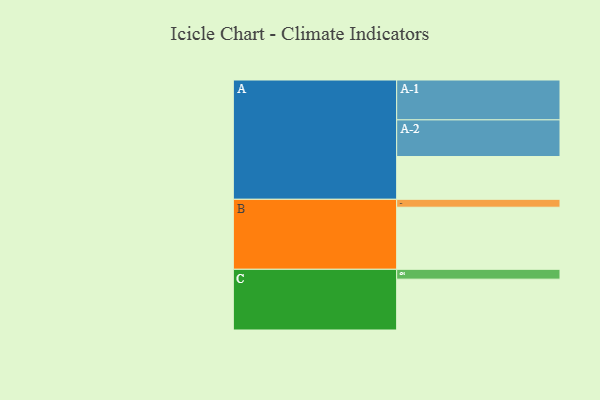
{"axis": {"x": "Segment", "y": "Value"}, "legend": ["", "A", "B", "C"], "data": [{"x": "A", "y": 308, "type": ""}, {"x": "B", "y": 447, "type": ""}, {"x": "C", "y": 366, "type": ""}, {"x": "A-1", "y": 287, "type": "A"}, {"x": "A-2", "y": 264, "type": "A"}, {"x": "B-1", "y": 57, "type": "B"}, {"x": "C-1", "y": 71, "type": "C"}]}